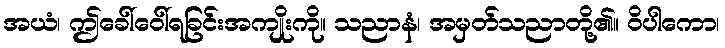
အယံ၊ ဤခေါ်ဝေါ်ရခြင်းအကျိုးကို။ သညာနံ၊ အမှတ်သညာတို့၏။ ဝိပါကော၊